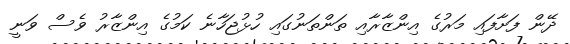
ދޭން ފަށާފައި މަރުގެ އިންޒާރާއި ތަންތަނުގައި ހުޅުޖަހާނެ ކަމުގެ އިންޒާރު ވެސް ވަނީ